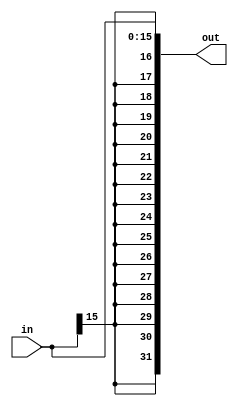
module SignExtender_16to32bit (
  input wire [15:0] in,    // Entrada de 16 bits
  output wire [31:0] out   // Sada de 32 bits
);

  assign out = { {16{in[15]}}, in };
  
endmodule